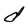
Character: d